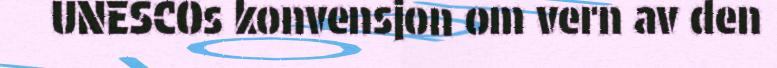
UNESCOs konvensjon om vern av den